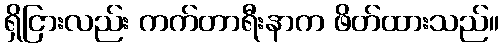
ရှိငြားလည်း ကက်တာရီးနာက ဖိတ်ထားသည်။